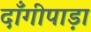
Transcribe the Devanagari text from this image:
दाँगीपाड़ा